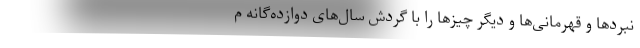
نبردها و قهرمانی‌ها و دیگر چیزها را با گردش سال‌های دوازده‌گانه م